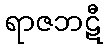
ရာဇဘဋီ